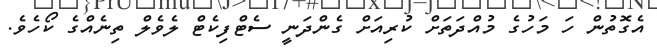
އެގޮތުން ހަ މަހުގެ މުއްދަތަށް ކުރިއަށް ގެންދަނީ ސެޓްފިކެޓް ލެވެލް ތިނެއްގެ ކޯހެވެ.